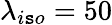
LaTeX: \lambda_{i\mathtt{s}o}=50